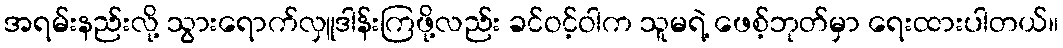
အရမ်းနည်းလို့ သွားရောက်လှူဒါန်းကြဖို့လည်း ခင်ဝင့်ဝါက သူမရဲ့ ဖေစ့်ဘုတ်မှာ ရေးထားပါတယ်။